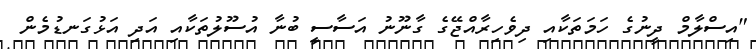
"އިސްލާމް ދީނުގެ ހަމަތަކާއި ދިވެހިރާއްޖޭގެ ގާނޫނު އަސާސީ ބުނާ އުސޫލުތަކާއި އަދި އަޅުގަނޑުމެން